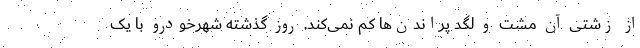
از زشتی آن مشت و لگد پراندن‌ها کم نمی‌کند. روز گذشته شهرخودرو با یک